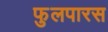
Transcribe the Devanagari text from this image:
फुलपारस